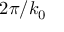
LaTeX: \, 2 \pi / k _ { 0 }